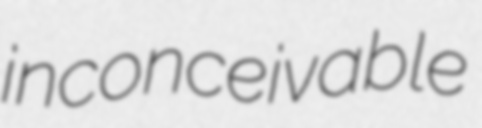
inconceivable